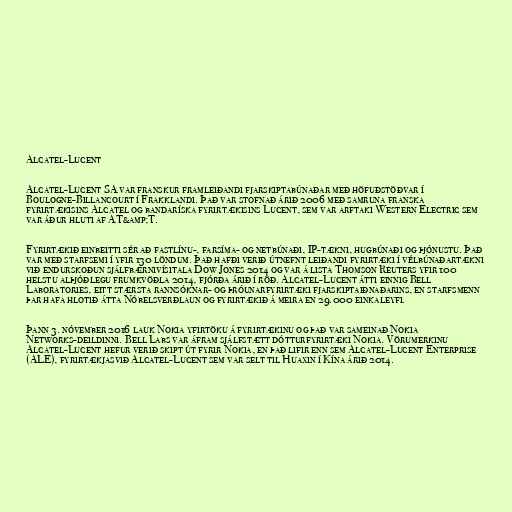
Alcatel-Lucent

Alcatel-Lucent SA var franskur framleiðandi fjarskiptabúnaðar með höfuðstöðvar í
Boulogne-Billancourt í Frakklandi. Það var stofnað árið 2006 með samruna franska
fyrirtækisins Alcatel og bandaríska fyrirtækisins Lucent, sem var arftaki Western Electric sem
var áður hluti af AT&amp;T.

Fyrirtækið einbeitti sér að fastlínu-, farsíma- og netbúnaði, IP-tækni, hugbúnaði og þjónustu. Það
var með starfsemi í yfir 130 löndum. Það hafði verið útnefnt leiðandi fyrirtæki í vélbúnaðartækni
við endurskoðun sjálfbærnivísitala Dow Jones 2014 og var á lista Thomson Reuters yfir 100
helstu alþjóðlegu frumkvöðla 2014, fjórða árið í röð. Alcatel-Lucent átti einnig Bell
Laboratories, eitt stærsta rannsóknar- og þróunarfyrirtæki fjarskiptaiðnaðarins, en starfsmenn
þar hafa hlotið átta Nóbelsverðlaun og fyrirtækið á meira en 29.000 einkaleyfi.

Þann 3. nóvember 2016 lauk Nokia yfirtöku á fyrirtækinu og það var sameinað Nokia
Networks-deildinni. Bell Labs var áfram sjálfstætt dótturfyrirtæki Nokia. Vörumerkinu
Alcatel-Lucent hefur verið skipt út fyrir Nokia, en það lifir enn sem Alcatel-Lucent Enterprise
(ALE), fyrirtækjasvið Alcatel-Lucent sem var selt til Huaxin í Kína árið 2014.